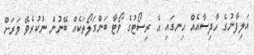
އަލިފާނުގެ ހާދިސާއެއް ހިނގައި އެ ރިސޯޓުގެ ވޯޓާ ބަންގަލޯތަކެއް ބޭނުން ނުކުރެވޭ ވަރަށް